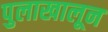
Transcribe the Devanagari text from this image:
पुलाखालून